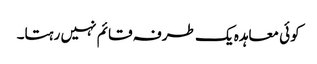
کوئی معاہدہ یک طرفہ قائم نہیں رہتا۔